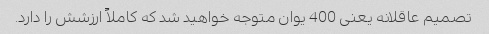
تصمیم عاقلانه یعنی 400 یوان متوجه خواهید شد که کاملاً ارزشش را دارد.